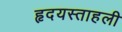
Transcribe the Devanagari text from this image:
हृदयस्ताहली